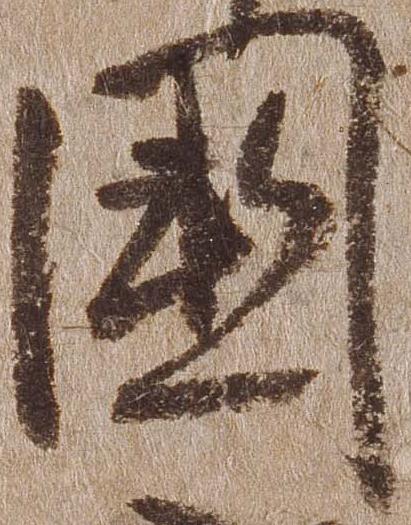
国